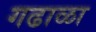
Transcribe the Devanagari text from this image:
गढाळा